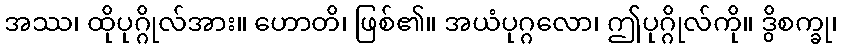
အဿ၊ ထိုပုဂ္ဂိုလ်အား။ ဟောတိ၊ ဖြစ်၏။ အယံပုဂ္ဂလော၊ ဤပုဂ္ဂိုလ်ကို။ ဒွိစက္ခု၊